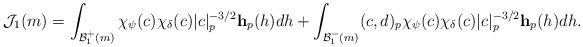
LaTeX: \begin{align*} \mathcal J_1(m) = \int_{\mathcal B_1^+(m)} \chi_{\psi}(c) \chi_{\delta}(c)|c|^{-3/2}_p\mathbf h_p(h) dh + \int_{\mathcal B_1^-(m)} (c,d)_p\chi_{\psi}(c) \chi_{\delta}(c)|c|^{-3/2}_p\mathbf h_p(h) dh.\end{align*}